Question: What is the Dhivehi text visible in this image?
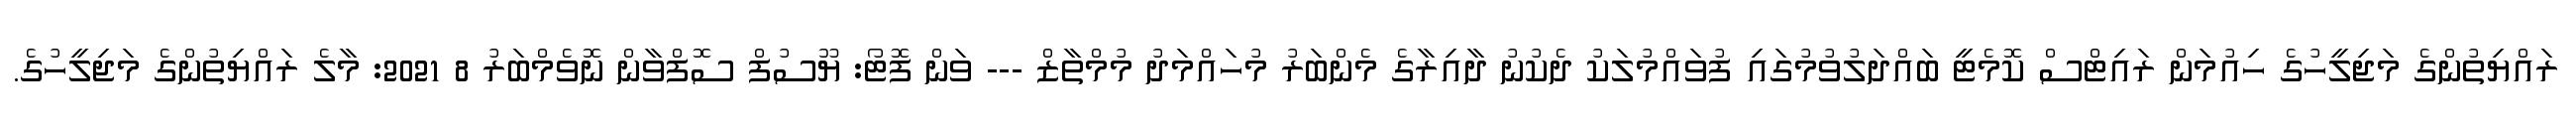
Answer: ރައްޔިތުންގެ މަޖިލީހުގެ ހިއުމަން ރައިޓްސް ކޮމެޓީ ބައްދަލުވުމުގައި ފުވައްމުލަކު ދެކުނު ދާއިރާގެ މެންބަރު މުހައްމަދު މުމްތާޒް --- ވަން ފޮޓޯ: ޔޫސުފް ސޮފްވާން ނޮވެމްބަރު 8 2021: މާލެ ރައްޔިތުންގެ މަޖިލީހުގެ.